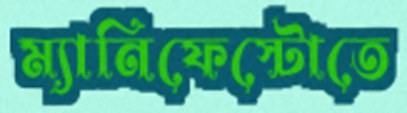
ম্যানিফেস্টোতে